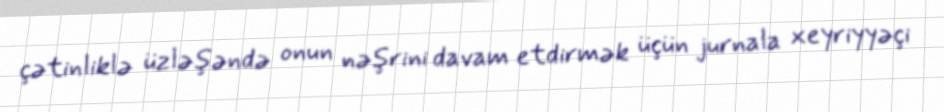
çətinliklə üzləşəndə onun nəşrini davam etdirmək üçün jurnala xeyriyyəçi